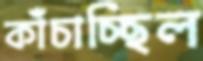
কাঁচাচ্ছিল